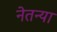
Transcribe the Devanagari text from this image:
नेतन्या